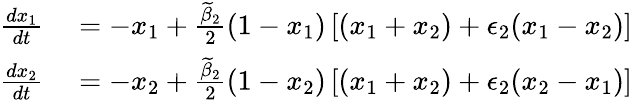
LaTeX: \begin{array}{rl}{\frac{dx_{1}}{dt}}&{{}=-x_{1}+\frac{\widetilde{\beta}_{2}}{2}(1-x_{1})\left[(x_{1}+x_{2})+\epsilon_{2}(x_{1}-x_{2})\right]}\\ {\frac{dx_{2}}{dt}}&{{}=-x_{2}+\frac{\widetilde{\beta}_{2}}{2}(1-x_{2})\left[(x_{1}+x_{2})+\epsilon_{2}(x_{2}-x_{1})\right]}\end{array}